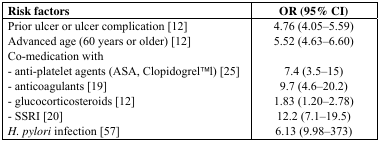
| Risk factors | OR (95% CI) |
 | --- | --- |
 | Prior ulcer or ulcer complication [12] | 4.76 (4.05–5.59) |
 | Advanced age (60 years or older) [12] | 5.52 (4.63–6.60) |
 | Co-medication with |  |
 | - anti-platelet agents (ASA, ClopidogrelTMl) [25] | 7.4 (3.5–15) |
 | - anticoagulants [19] | 9.7 (4.6–20.2) |
 | - glucocorticosteroids [12] | 1.83 (1.20–2.78) |
 | - SSRI [20] | 12.2 (7.1–19.5) |
 | H. pylori infection [57] | 6.13 (9.98–373) |